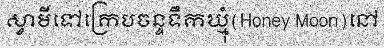
ស្វាមីទៅក្រេបចន្ទទឹកឃ្មុំ(Honey Moon)នៅ